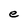
Character: e